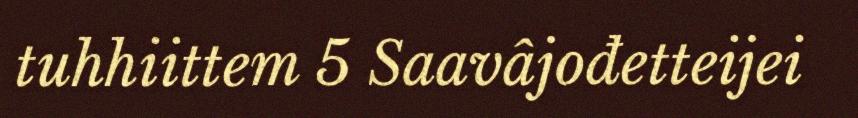
tuhhiittem 5 Saavâjođetteijei